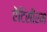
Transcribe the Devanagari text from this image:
ऐंटिसीरम